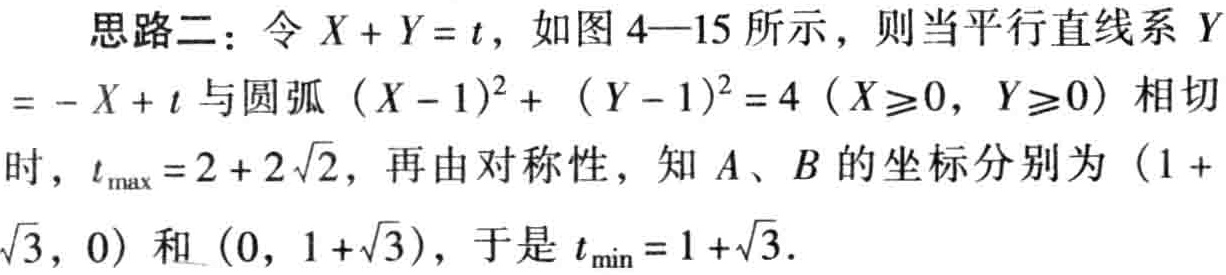
思路二：令 \(X + Y = t\)，如图4—15所示，则当平行直线系 \(Y=-X + t\) 与圆弧 \((X - 1)^2+(Y - 1)^2 = 4\ (X\geq0,\ Y\geq0)\) 相切时，\(t_{\max}=2 + 2\sqrt{2}\)，再由对称性，知 \(A\)、\(B\) 的坐标分别为 \((1 +\sqrt{3},\ 0)\) 和 \((0,\ 1 +\sqrt{3})\)，于是 \(t_{\min}=1+\sqrt{3}\)．